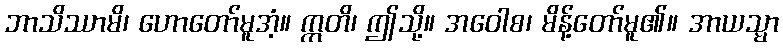
ဘာသိဿာမိ၊ ဟောတော်မူအံ့။ ဣတိ၊ ဤသို့။ အဝေါစ၊ မိန့်တော်မူ၏။ အာယသ္မာ